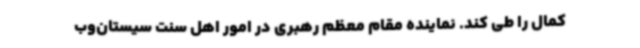
کمال را طی کند. نماینده مقام معظم رهبری در امور اهل سنت سیستان‌وب